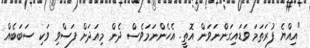
"އިއްޔެ ފުރަތަމަ ވަޑައިގަންނަވަން އޮތީ. އެހެންނަމަވެސް ދެން މިއަދަށް ފަސްވި ވަކި ސަބަބެއް